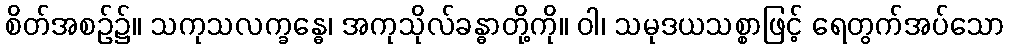
စိတ်အစဉ်၌။ သကုသလက္ခန္ဓေ၊ အကုသိုလ်ခန္ဓာတို့ကို။ ဝါ၊ သမုဒယသစ္စာဖြင့် ရေတွက်အပ်သော